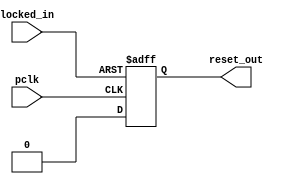
`timescale 1 ns / 1 ps

// PWJ: Used locke signal from clk_wiz_0 to generate correct reset

module clk_locked_menager (
    input wire locked_in,
    input wire pclk,
    output reg reset_out
  );
  
  always@(negedge pclk or negedge locked_in) begin
    if(locked_in==0) 
        reset_out <= 1;
    else
        reset_out <= 0;
  end
  
endmodule